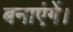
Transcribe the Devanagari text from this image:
बनाएंगें।